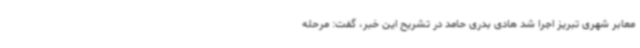
معابر شهری تبریز اجرا شد هادی بدری حامد در تشریح این خبر، گفت: مرحله